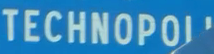
TECHNOPOLI